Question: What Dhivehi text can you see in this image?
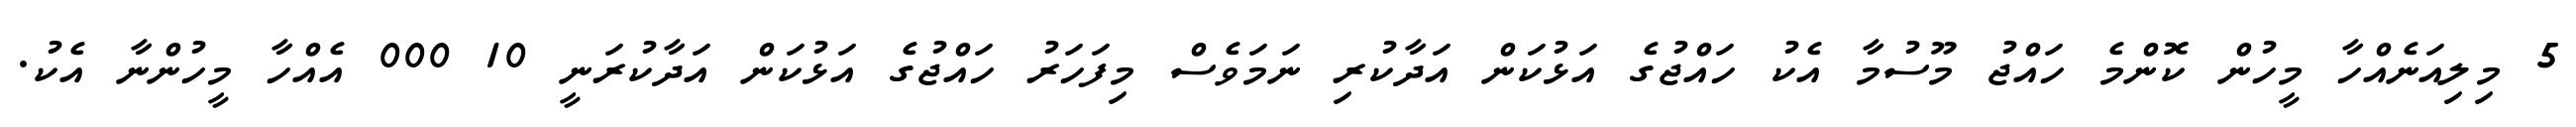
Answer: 5 މިލިއަނެއްހާ މީހުން ކޮންމެ ހައްޖު މޫސުމާ އެކު ހައްޖުގެ އަޅުކަން އަދާކުރި ނަމަވެސް މިފަހަރު ހައްޖުގެ އަޅުކަން އަދާކުރަނީ 10 000 އެއްހާ މީހުންނާ އެކު.